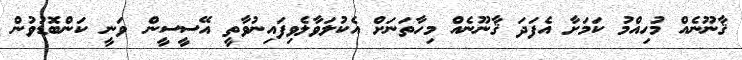
ޤާނޫނެއް މުހިއްމު ކަމަށާ އެފަދަ ޤާނޫނެއް މިހާތަނަށް އެކުލަވާލެވިފައިނުވާތީ އޭސީސީން ވަނީ ކަންބޮޑުވުން